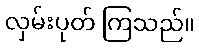
လှမ်းပုတ် ကြသည်။